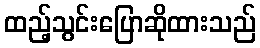
ထည့်သွင်းပြောဆိုထားသည်